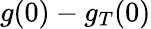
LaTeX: g(0)-g_{T}(0)